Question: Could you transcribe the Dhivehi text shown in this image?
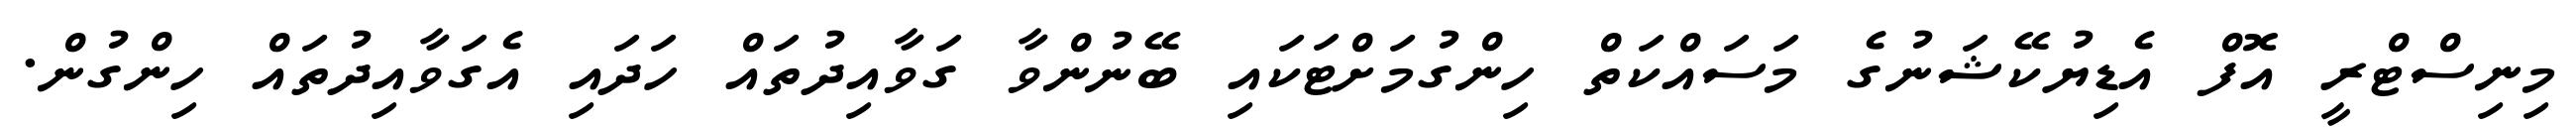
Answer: މިނިސްޓްރީ އޮފް އެޑިޔުކޭޝަނުގެ މަސައްކަތް ހިންގުމަށްޓަކައި ބޭނުންވާ ގަވާއިދުތައް ހަދައި އެގަވާއިދުތައް ހިންގުން.